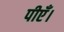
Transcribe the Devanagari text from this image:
पीएँ।